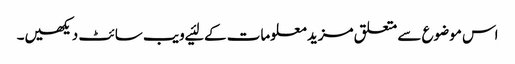
اس موضوع سے متعلق مزید معلومات کے لئیے ویب سائٹ دیکھیں۔